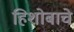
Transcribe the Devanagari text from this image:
हिशोबाचे